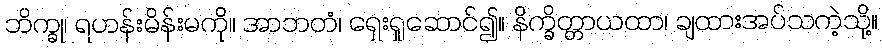
ဘိက္ခု၊ ရဟန်းမိန်းမကို။ အာဘတံ၊ ရှေးရှုဆောင်၍။ နိက္ခိတ္တာယထာ၊ ချထားအပ်သကဲ့သို့။